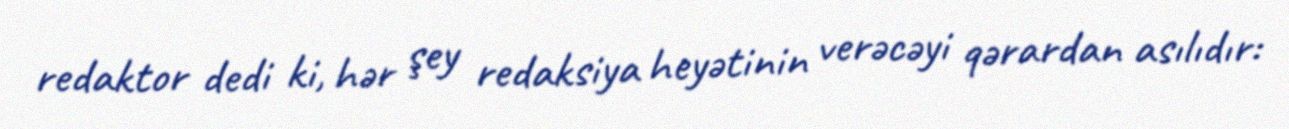
redaktor dedi ki, hər şey redaksiya heyətinin verəcəyi qərardan asılıdır: